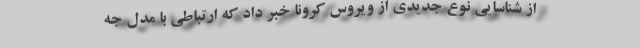
از شناسایی نو‌ع جدیدی از ویروس کرونا خبر داد که ارتباطی با مدل جه